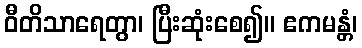
ဝီတိသာရေတွာ၊ ပြီးဆုံးစေ၍။ ဧကမန္တံ၊